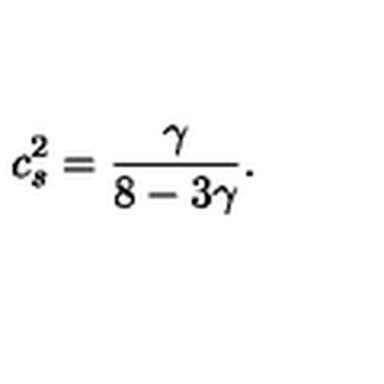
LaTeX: c _ { s } ^ { 2 } = \frac { \gamma } { 8 - 3 \gamma } .